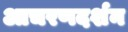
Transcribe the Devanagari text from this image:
आचरणदर्शन